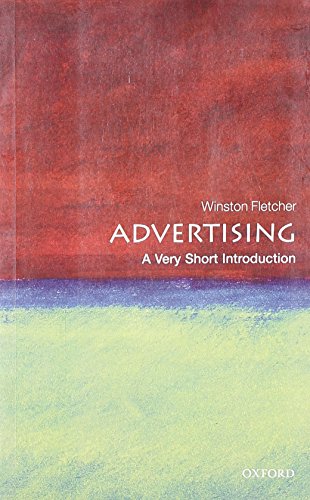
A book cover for Advertising: A Very Short Introduction; Winston Fletcher; Law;